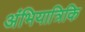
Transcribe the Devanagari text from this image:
अंभियात्रिकि